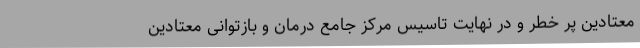
معتادین پر خطر و در نهایت تاسیس مرکز جامع درمان و بازتوانی معتادین